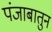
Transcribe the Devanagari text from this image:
पंजाबातुन